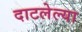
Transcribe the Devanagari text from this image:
दाटलेल्या